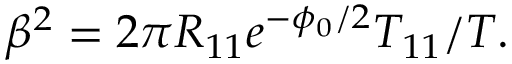
\beta ^ { 2 } = 2 \pi R _ { 1 1 } e ^ { - \phi _ { 0 } / 2 } T _ { 1 1 } / T .